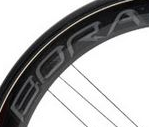
BORA